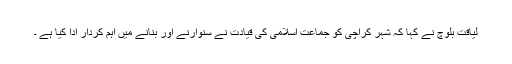
لیاقت بلوچ نے کہا کہ شہر کراچی کو جماعت اسلامی کی قیادت نے سنوارنے اور بنانے میں اہم کردار ادا کیا ہے ۔